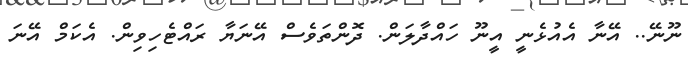
ނޫނޭ.. އޭނާ އެއުޅެނީ އީނޫ ހައްދާލަން. ދޮންތަވެސް އޭނަޔާ ރައްޓެހިވިން. އެކަމް އޭނަ